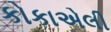
કોકાએલી